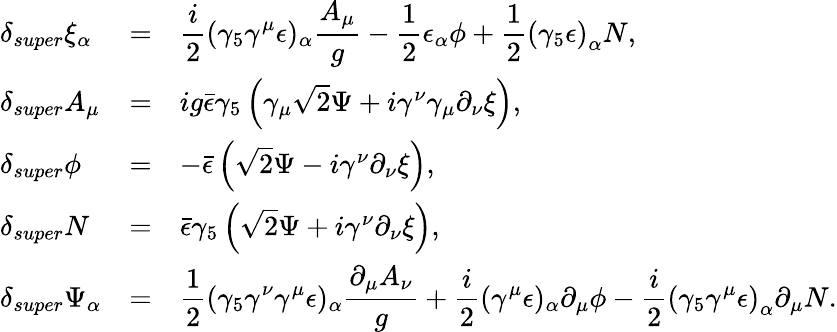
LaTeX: \begin{array}{lcl}{{\delta_{super}\xi_{\alpha}}}&{{=}}&{{\displaystyle\frac{i}{2}(\gamma_{5}\gamma^{\mu}\epsilon)_{\alpha}\frac{A_{\mu}}{g}-\frac{1}{2}\epsilon_{\alpha}\phi+{\frac{1}{2}}\left(\gamma_{5}\epsilon\right)_{\alpha}N,}}\\ {{\delta_{super}A_{\mu}}}&{{=}}&{{ig\bar{\epsilon}\gamma_{5}\left(\gamma_{\mu}\sqrt{2}\Psi+i\gamma^{\nu}\gamma_{\mu}\partial_{\nu}\xi\right),}}\\ {{\delta_{super}\phi}}&{{=}}&{{-\bar{\epsilon}\left(\sqrt{2}\Psi-i\gamma^{\nu}\partial_{\nu}\xi\right),}}\\ {{\delta_{super}N}}&{{=}}&{{\bar{\epsilon}\gamma_{5}\left(\sqrt{2}\Psi+i\gamma^{\nu}\partial_{\nu}\xi\right),}}\\ {{\delta_{super}\Psi_{\alpha}}}&{{=}}&{{\displaystyle\frac{1}{2}(\gamma_{5}\gamma^{\nu}\gamma^{\mu}\epsilon)_{\alpha}\frac{\partial_{\mu}A_{\nu}}{g}+\frac{i}{2}(\gamma^{\mu}\epsilon)_{\alpha}\partial_{\mu}\phi-{\frac{i}{2}}\left(\gamma_{5}\gamma^{\mu}\epsilon\right)_{\alpha}\partial_{\mu}N.}}\end{array}